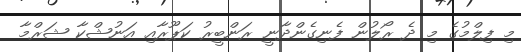
މި ފިލްމުގެ މި ދެ ރޯލުން ފެނިގެންދާނީ ރަންބީރު ކަޕޫރާއި އަނުޝްކާ ޝަރްމާ